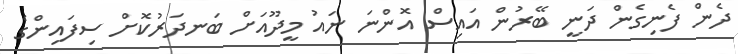
ދެން ފެނިގެން ދަނީ ބޭރުން އައިސް އޮންނަ ނައު މީދޫއަށް ބަނދަރުކޮށް ސިފައިންގެ